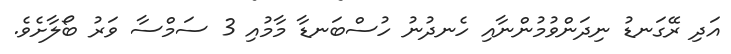
އަދި ރޭގަނޑު ނިދަންވުމުންނާއި ހެނދުނު ހުސްބަނޑާ މާމުއި 3 ސަމްސާ ވަރު ބޯލާށެވެ.